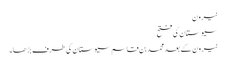
نیرون
سیوستان کی فتح
نیرون کے بعد محمد بن قاسم سیوستان کی طرف بڑھا۔